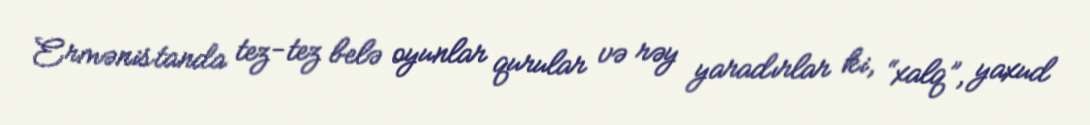
Ermənistanda tez-tez belə oyunlar qurular və rəy yaradırlar ki, “xalq”, yaxud